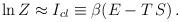
\begin{align*}\ln Z \approx I_{cl} \equiv \beta(E - T\, S) \, .\end{align*}